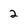
Character: 2